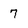
Character: 7